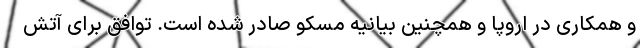
و همکاری در اروپا و همچنین بیانیه مسکو صادر شده است. توافق برای آتش